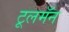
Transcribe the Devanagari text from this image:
टूलमॅन